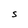
Character: S